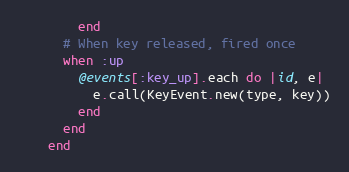
Language: Ruby
        end
      # When key released, fired once
      when :up
        @events[:key_up].each do |id, e|
          e.call(KeyEvent.new(type, key))
        end
      end
    end